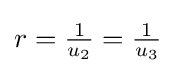
{\textstyle r={\frac {1}{u_{2}}}={\frac {1}{u_{3}}}}